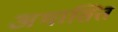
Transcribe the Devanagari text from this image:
अभासित